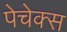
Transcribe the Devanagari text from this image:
पेचेक्स